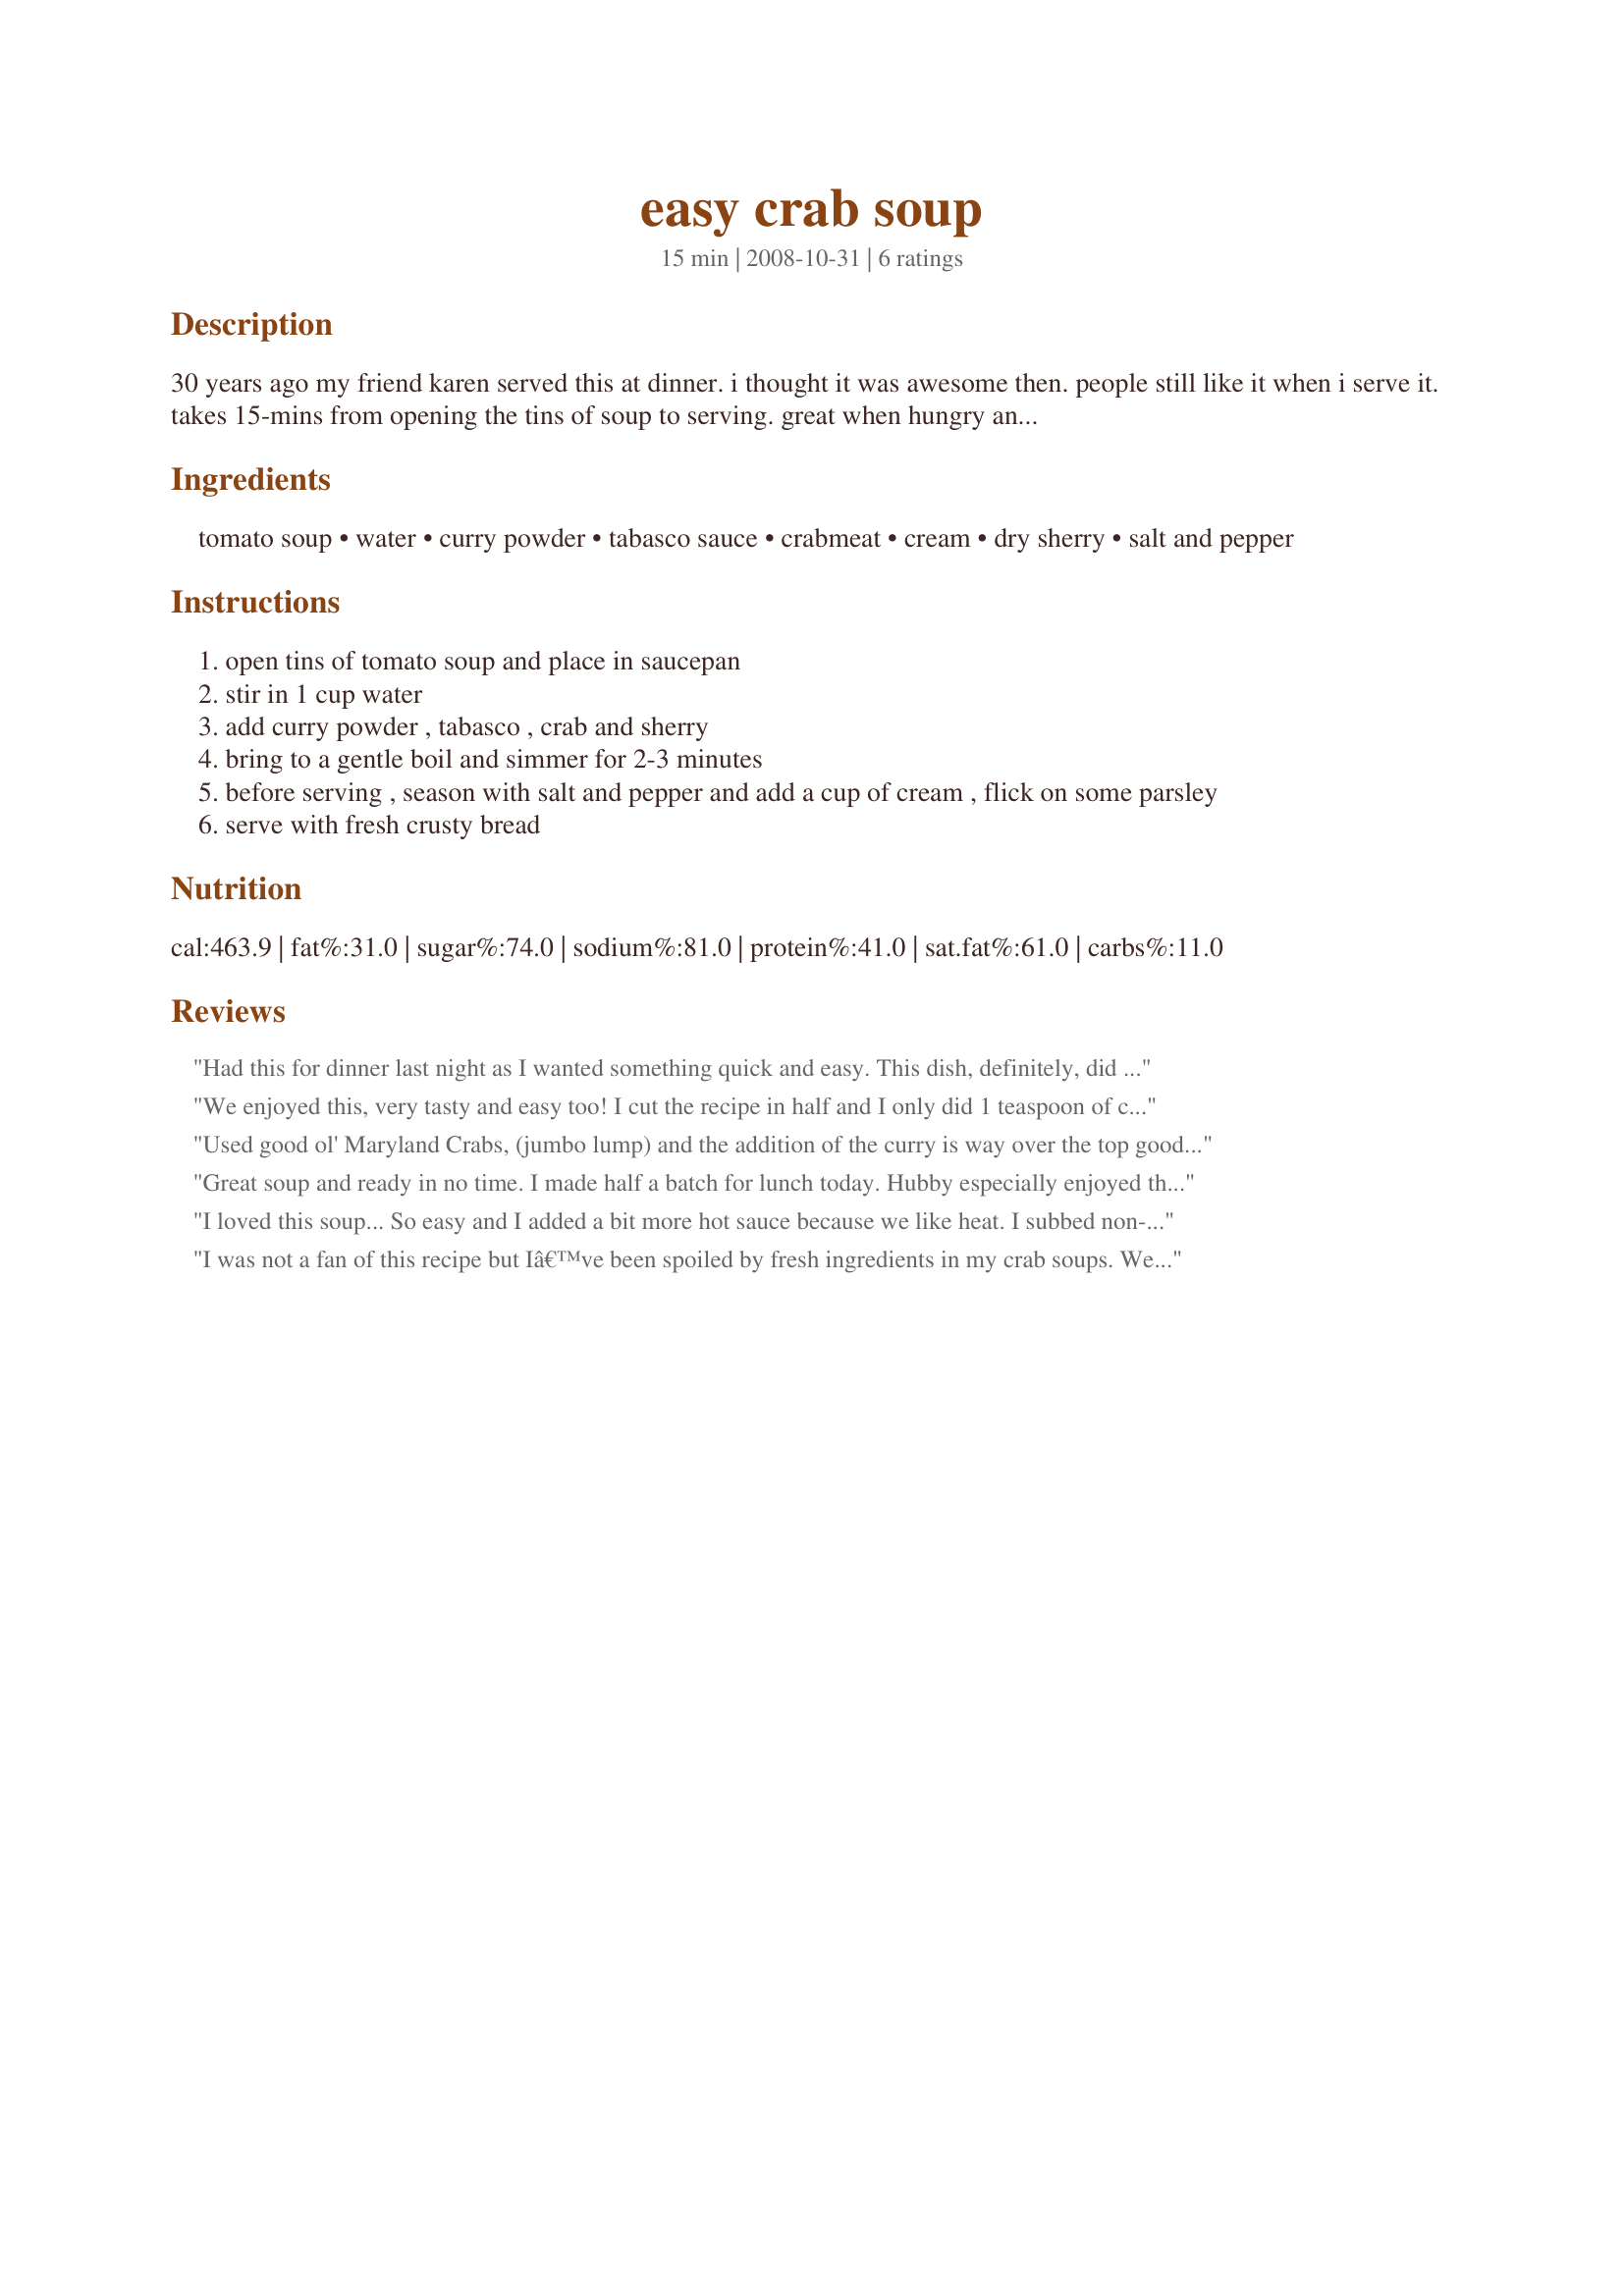
easy crab soup
Preparation time: 15 minutes

30 years ago my friend karen served this at dinner. i thought it was awesome then. people still like it when i serve it. takes 15-mins from opening the tins of soup to serving. great when hungry and rushed for time.

Ingredients:
tomato soup, water, curry powder, tabasco sauce, crabmeat, cream, dry sherry, salt and pepper

Steps:
open tins of tomato soup and place in saucepan
stir in 1 cup water
add curry powder , tabasco , crab and sherry
bring to a gentle boil and simmer for 2-3 minutes
before serving , season with salt and pepper and add a cup of cream , flick on some parsley
serve with fresh crusty bread

Reviews:
Had this for dinner last night as I wanted something quick and easy. This dish, definitely, did not disappoint. Loved the addition of the curry powder. Thnx for sharing another great recipe, MissMaggie. Made for the Voracious Vagabonds of ZWT 6.
We enjoyed this, very tasty and easy too! I cut the recipe in half and I only did 1 teaspoon of curry (we have some "adult" babies here. LOL Also, I added a dash more tabasco as well. Thanks for posting. Made for ZWT 6, Zingo.
Used good ol' Maryland Crabs, (jumbo lump) and the addition of the curry is way over the top good!! I added more the usual amount of tabasco sauce and also 1 teaspoon of Old Bay Seasoning. Loved the sherry addition too! :) Good tasting!! Made for ZWT6 - 2010
Great soup and ready in no time. I made half a batch for lunch today. Hubby especially enjoyed the hit of sherry. I garnished liberally with coriander (cilantro). Thanks for posting.
I loved this soup... So easy and I added a bit more hot sauce because we like heat. I subbed non-fat half-and-half to reduce the calories a bit and used imitation crab meat (I know, but it was good in this recipe!) The soup is so flavorful that the crab seems to be more for texture anyway. Makes a great lunch. ZINGO ZWT 6 Unrulies Under the Influence - Thank you
I was not a fan of this recipe but Iâ€™ve been spoiled by fresh ingredients in my crab soups. We were also out of the dry sherry that I usually use in cooking and what DH gave me was a bit sweeter than I would have liked â€“ no fault of the recipe. DD & DS said it was too spicy (finicky eaters) however, DH absolutely raved over this soup and cleaned up the leftovers the following day. That coupled with the ease of preparation makes it a keeper in my book. Next time I'll use the proper sherry and skip the tabasco to see how it goes with the kids. Thanks for sharing! Reviewed for ZWT6.
